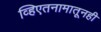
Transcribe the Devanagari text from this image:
व्हिएतनामातूनही